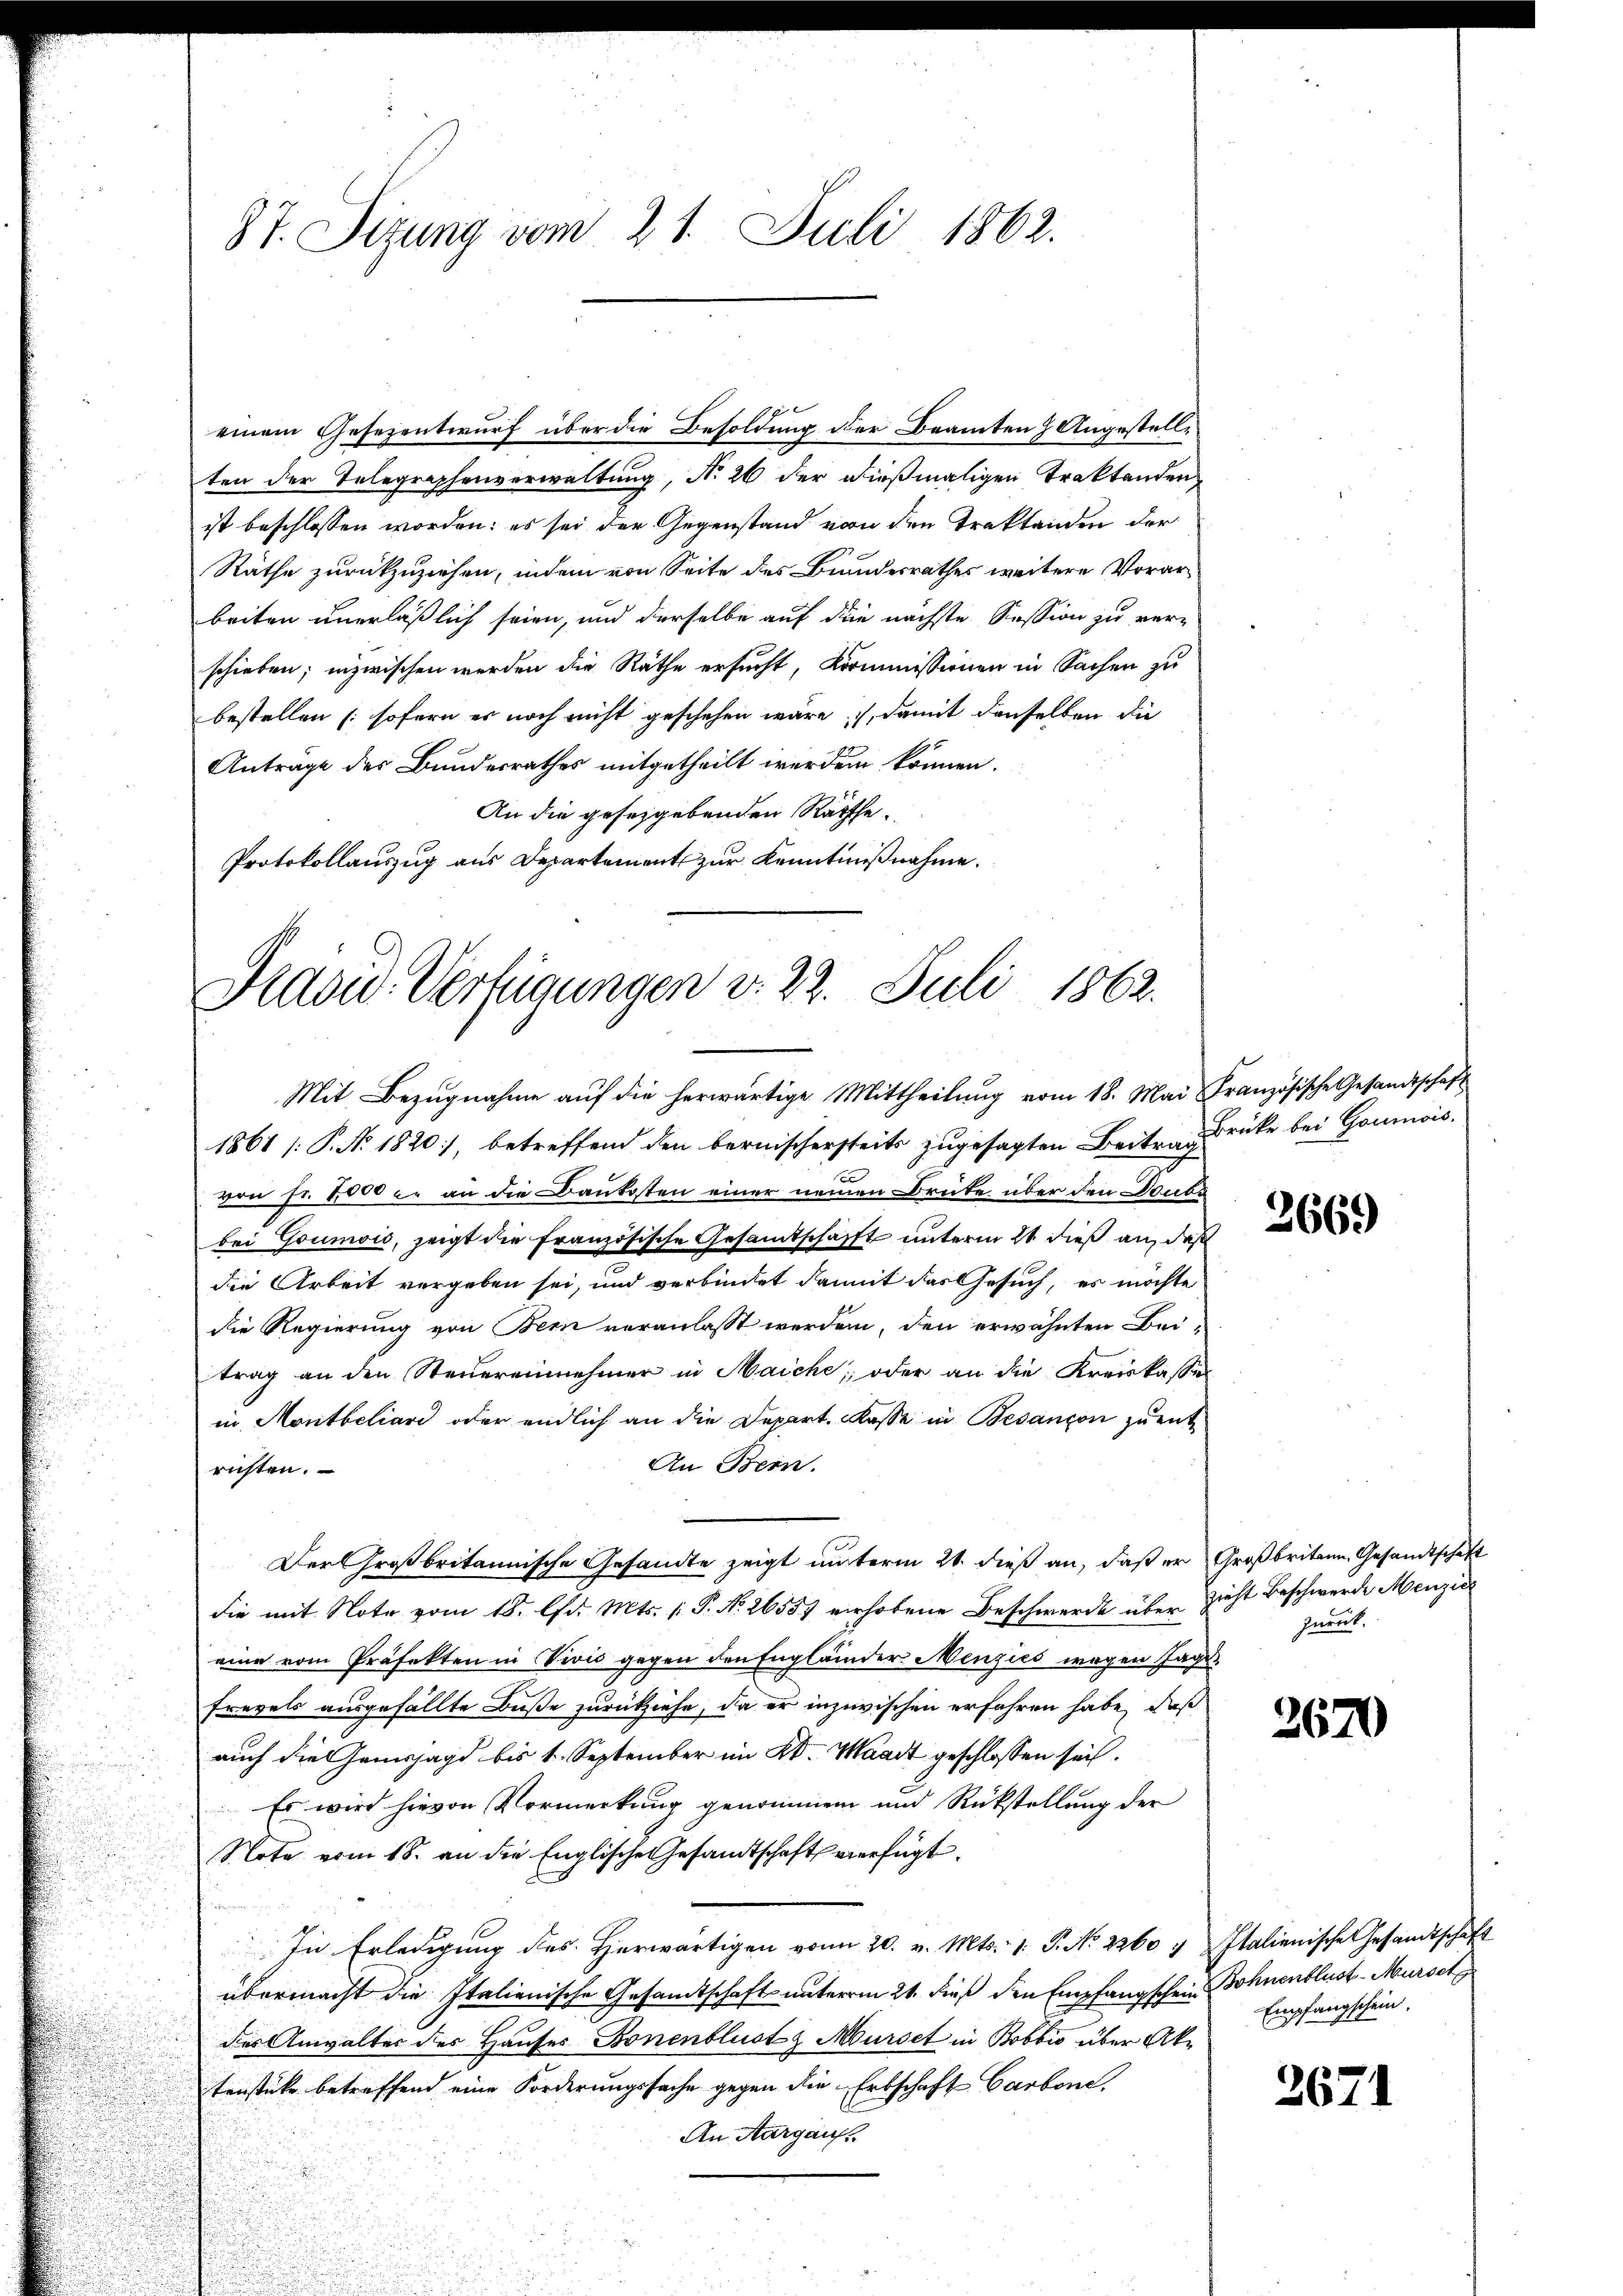
87. Sizung vom 21. Juli 1862.

einem Gesezentwurf über die Besoldung der Beamten Angestelle
ten der Telegraphenverwaltung, No 26 der dießmaligen Traktanden
ist beschlossen worden; es sei der Gegenstand von den Traktanden der
Räthe zurückzuziehen, indem von Seite des Bundesrathes weitere Vorarbeiten unerläßlich seien, und derselbe auf die nächste Session zu ver-
schieben; inzwischen werden die Räthe ersucht, Kommissionen in Sachen zu
bestellen (sofern er noch nicht geschehen wäre, damit denselben die
Antrage des Bundesrathes mitgetheilt werden können.
An die geseggebenden Räthe.
Protokollauszug aus Departement zur Kenntnißnahme.

Pravić-Verfügungen v. 22. Juli 1862.
Mit Bezugnahme auf die herwärtige Mittheilung vom 18. Mai Französische Gesandtschaft

Der Großbritannische Gesandte zeigt unterm 21. dieß an, daß er Großbritann Gesandtschaft

1861 [P. No. 1820, betreffend den bernischersteits zugesagten Beitrag drücke bei Goumis.
von Fr. 8000 er an die Baukosten einer neuen Brute über den Doubbei Goumwić, zeigt die Französische Gesamtschafft unterm 21. dieß an, daß
die Arbeit vergeben sei, und verbindet damit das Gesuch, es möchte
die Regierung von Bern veranlasst werden, den erwähnten Beitrag an den Steuereinnehmer in Maiche; oder an die Kreiskassen
in Montbeliari oder endlich an die Depart. Kasse in Besançon zu ent¬
An Bern.
richten.
die mit Note vom 18. d. Mts. P. Nr. 26557 verhobene Beschwerde über zieht beschwerde Menzie
eine vom Präfekten in Vivić gegen den Engländer Menzies wegen Tag¬
Frevels ausgefällte Buße zurückziehe, da er inzwischen erfahren habe, daß
auch die Genossagd bis 1. September im Kt. Waadt geschlossen sich.
Es wird hievon Vormerkung genommen und Rückstellung der
Note vom 18. an die Englische Gesandtschaft verfügt
In Erledigung des Herwärtigen von 20. v. Mts. 1. P. No. 2260 g Italienische Gesandtschaft
übermacht die Italienische Gesandtschaft unterm 21. dieß den Empfangschein
des Anwalter des Hauses Bonenblust z Murse in Bobbio über Aktenstücke betreffend eine Forderungssache gegen die Erbschaft Carbone,
An Aargauf

2669

zurück.

2670

Bohnenblust-Mürset
Empfangschein.

2671